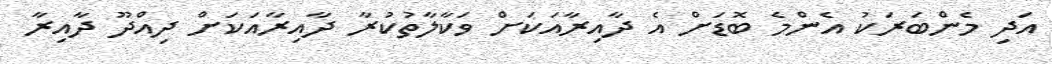
އަދި މެންބަރަކު އެންމެ ބޮޑަށް އެ ދާއިރާއަކަށް ވަކާލާތުކުރާ ދާއިރާއަކަށް ދިއްދޫ ދާއިރާ